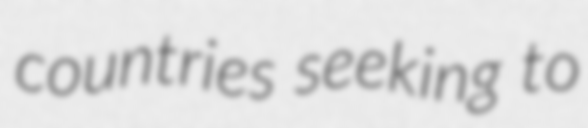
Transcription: countries seeking to